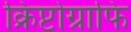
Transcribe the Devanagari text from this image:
क्रिप्टोग्राफि